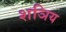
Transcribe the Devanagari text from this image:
शञिय